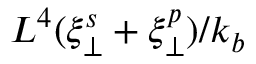
L ^ { 4 } ( \xi _ { \perp } ^ { s } + \xi _ { \perp } ^ { p } ) / k _ { b }